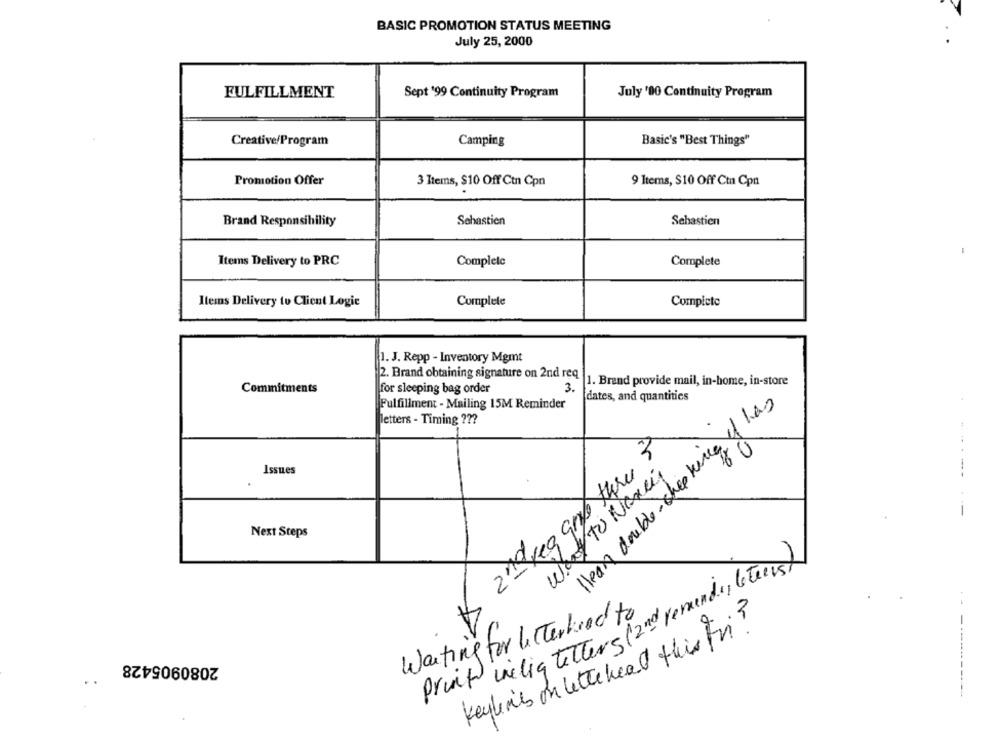
BASIC PROMOTION STATUS MEETING
July 25, 2000
FULFILLMENT
Sept '99 Continuity Program
July '00 Continuity Program
Creative/Program
Camping
Basic's "Best Things"
Promotion Offer
3 Items, $10 Off Ctn Cpn
9 Items, $10 Off Cta Cpn
Brand Responsibility
Schastien
Sebastien
Items Delivery to PRC
Complete
Complete
Items Delivery to Client Logic
Complete
Complete
1. J. Repp - Inventory Mgmt
2. Brand obtaining signature on 2nd req
1. Brand provide mail, in-home, in-store
Commitments
for sleeping bag order
3.
Hleak double- sheetence of has
dates, and quantities
Fulfillment - Mailing 15M Reminder
letters - Timing ???
Issues
way to Negen
-----
Next Steps
print inelig letters (2nd remind, Ce teris)
Waiting for litterkood to
Keylinks on letter head this Fri?
2080905428